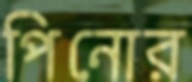
পিনোর